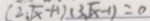
( 2 \sqrt { x } + 1 ) ( 3 \sqrt { x } - 1 ) = 0